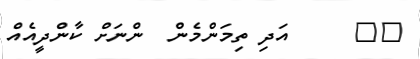
٤٤     އަދި ތިމަންމެން  ންނަށް ކާންދީއެއް